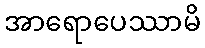
အာရောပေဿာမိ